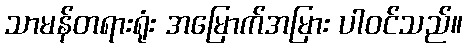
သာမန်တရားရုံး အမြောက်အမြား ပါဝင်သည်။